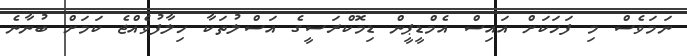
ނަމަވެސް މި ފަހަކަށް އައިސް އެމްޑީޕީން ޑިމޮކްރަސީގެ އަސްލުތަކާ ހިލާފުވެއްޖެ ކަމަށް ބުނާނެ